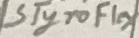
Text: Styroflex